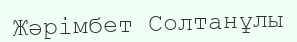
Жәрімбет Солтанұлы